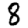
Digit: 8